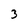
Character: 3